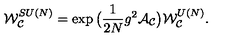
{ \cal W } _ { { \cal C } } ^ { S U ( N ) } = \exp \big ( \frac { 1 } { 2 N } g ^ { 2 } { \cal A } _ { { \cal C } } \big ) { \cal W } _ { { \cal C } } ^ { U ( N ) } .